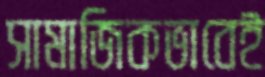
সামাজিকভাবেই